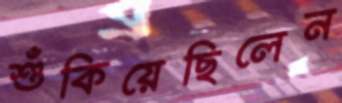
শুঁকিয়েছিলেন